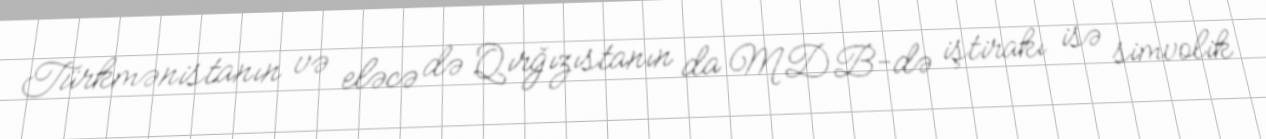
Türkmənistanın və eləcə də Qırğızıstanın da MDB-də iştirakı isə simvolik